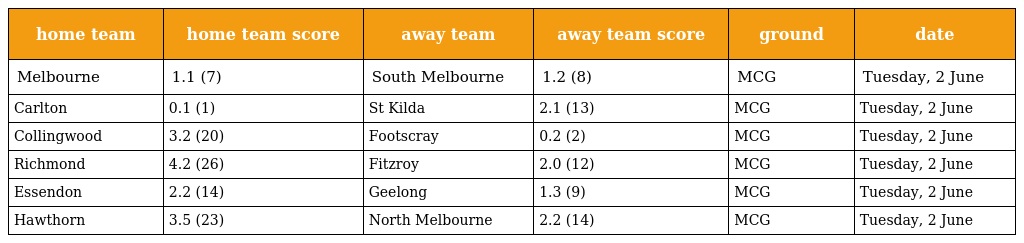
| home team | home team score | away team | away team score | ground | date |
 | --- | --- | --- | --- | --- | --- |
 | Melbourne | 1.1 (7) | South Melbourne | 1.2 (8) | MCG | Tuesday, 2 June |
 | Carlton | 0.1 (1) | St Kilda | 2.1 (13) | MCG | Tuesday, 2 June |
 | Collingwood | 3.2 (20) | Footscray | 0.2 (2) | MCG | Tuesday, 2 June |
 | Richmond | 4.2 (26) | Fitzroy | 2.0 (12) | MCG | Tuesday, 2 June |
 | Essendon | 2.2 (14) | Geelong | 1.3 (9) | MCG | Tuesday, 2 June |
 | Hawthorn | 3.5 (23) | North Melbourne | 2.2 (14) | MCG | Tuesday, 2 June |